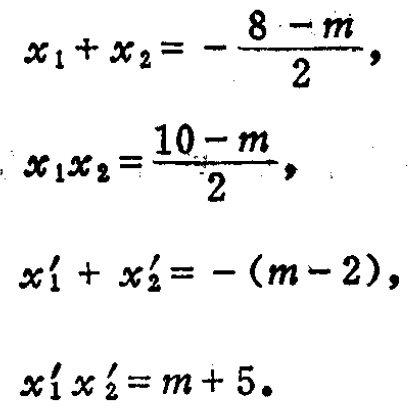
\[
\begin{align*}
x_{1}+x_{2}&=-\frac{8 - m}{2},\\
x_{1}x_{2}&=\frac{10 - m}{2},\\
x_{1}'+x_{2}'&=-(m - 2),\\
x_{1}'x_{2}'&=m + 5.
\end{align*}
\]